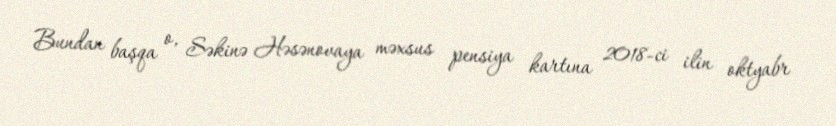
Bundan başqa o, Səkinə Həsənovaya məxsus pensiya kartına 2018-ci ilin oktyabr